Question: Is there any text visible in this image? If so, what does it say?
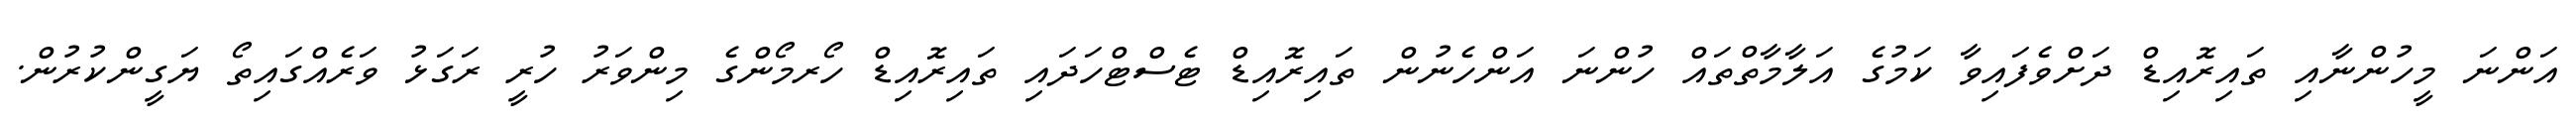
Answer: އަންނަ މީހުންނާއި ތައިރޮއިޑް ދަށްވެފައިވާ ކަމުގެ އަލާމާތްތައް ހުންނަ އަންހެނުން ތައިރޮއިޑް ޓެސްޓްހަދައި ތައިރޮއިޑް ހޯރމޯންގެ މިންވަރު ހުރީ ރަގަޅު ވަރެއްގައިތޯ ޔަގީންކުރުން.